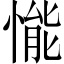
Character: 𢟒